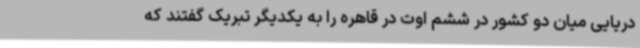
دریایی میان دو کشور در ششم اوت در قاهره را به یکدیگر تبریک گفتند که